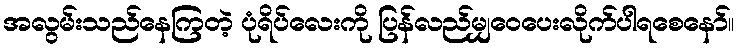
အလွမ်းသည်နေကြတဲ့ ပုံရိပ်လေးကို ပြန်လည်မျှဝေပေးလိုက်ပါရစေနော်။